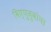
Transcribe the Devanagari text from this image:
विष्णुबुवांचा